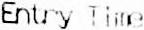
ENTRY TIME